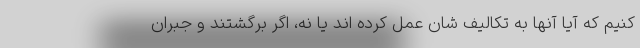
کنیم که آیا آنها به تکالیف شان عمل کرده اند یا نه، اگر برگشتند و جبران